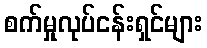
စက်မှုလုပ်ငန်းရှင်များ